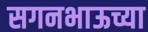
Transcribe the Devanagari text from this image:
सगनभाऊच्या